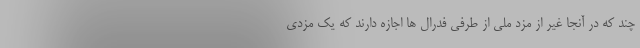
چند که در آنجا غیر از مزد ملی از طرفی فدرال ها اجازه دارند که یک مزدی